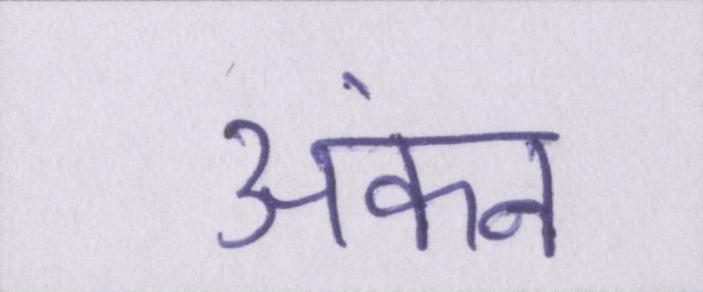
अंकन